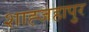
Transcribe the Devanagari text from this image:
शाह्जहापुर